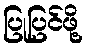
ပြုပြင်ဖို့